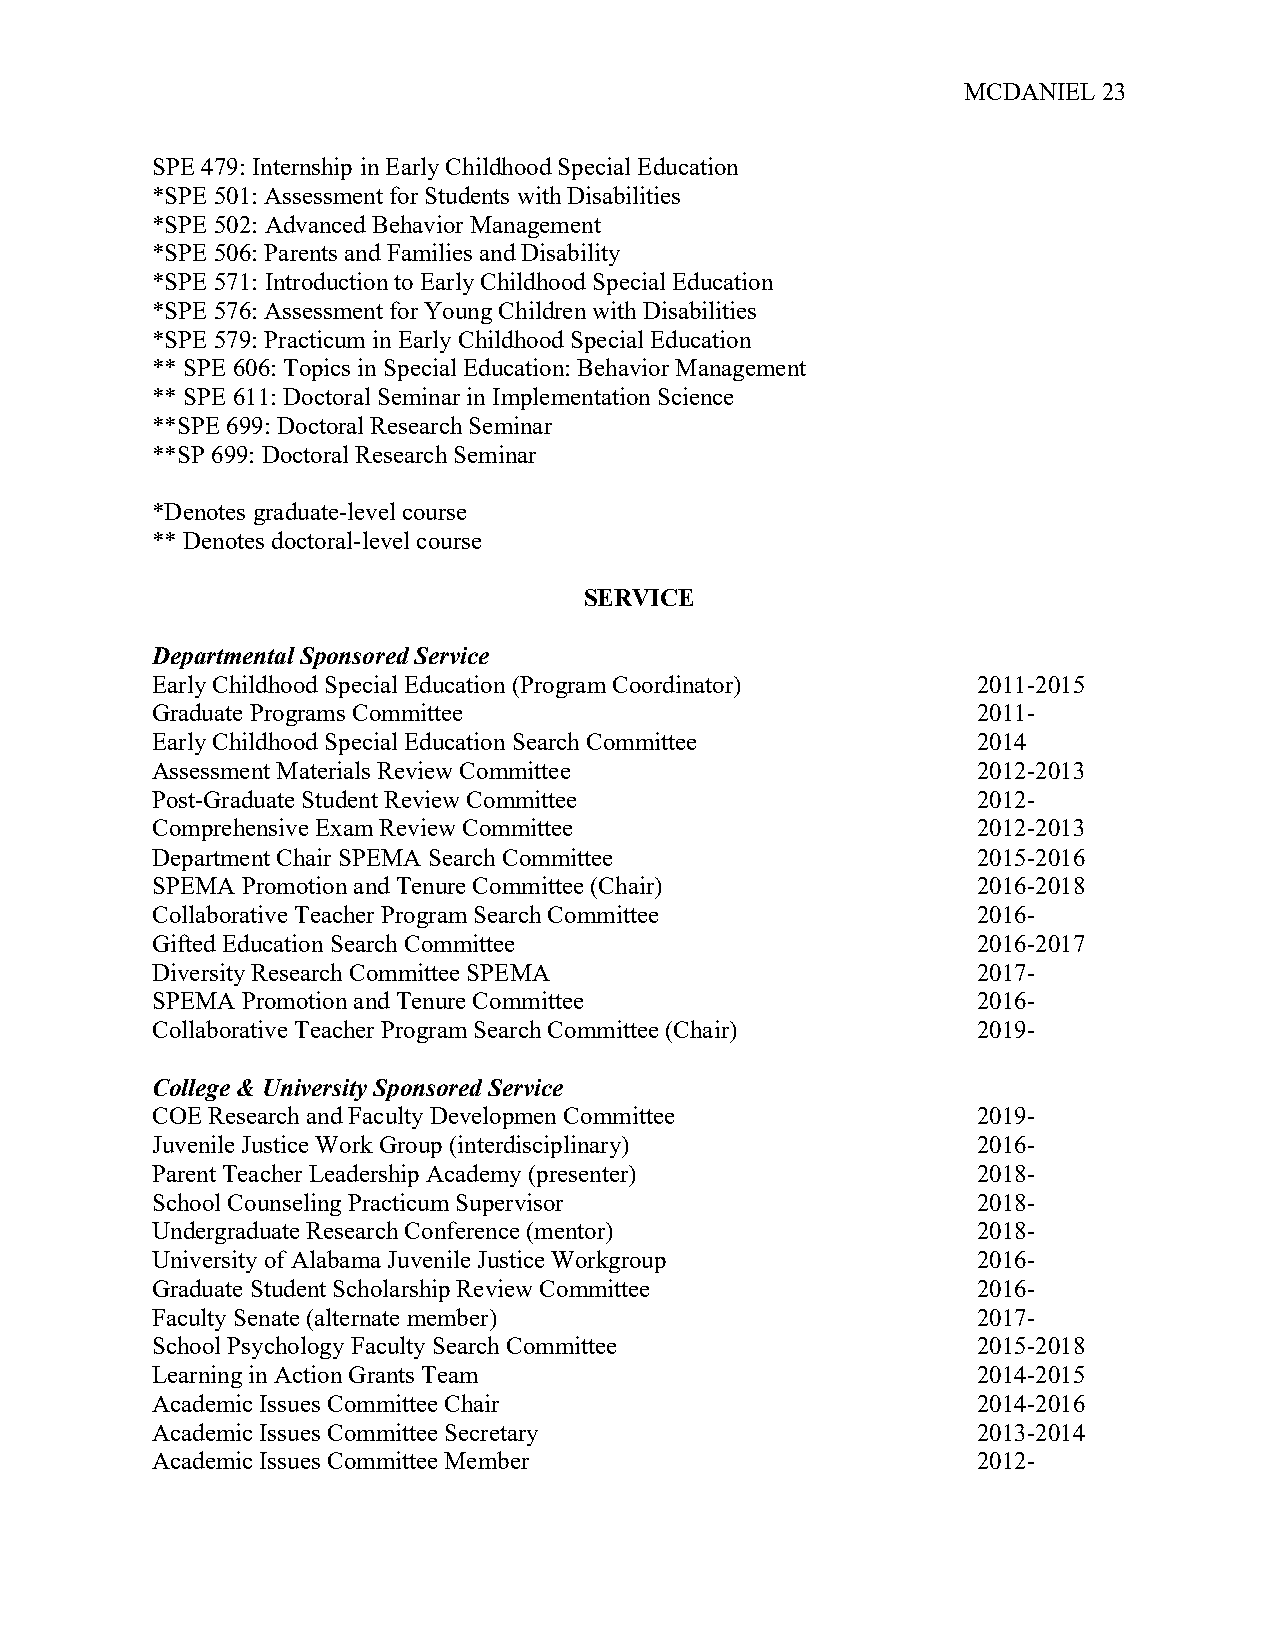
MCDANIEL 23
 SPE 479: Internship in Early Childhood Special Education
 *SPE 501: Assessment for Students with Disabilities
 *SPE 502: Advanced Behavior Management
 *SPE 506: Parents and Families and Disability
 *SPE 571: Introduction to Early Childhood Special Education
 *SPE 576: Assessment for Young Children with Disabilities
 *SPE 579: Practicum in Early Childhood Special Education
 ** SPE 606: Topics in Special Education: Behavior Management
 ** SPE 611: Doctoral Seminar in Implementation Science
 **SPE 699: Doctoral Research Seminar
 **SP 699: Doctoral Research Seminar
 *Denotes graduate-level course
 ** Denotes doctoral-level course
 SERVICE
 Departmental Sponsored Service
 Early Childhood Special Education (Program Coordinator) 2011-2015
 Graduate Programs Committee                            2011-
 Early Childhood Special Education Search Committee     2014
 Assessment Materials Review Committee                  2012-2013
 Post-Graduate Student Review Committee                 2012-
 Comprehensive Exam Review Committee                    2012-2013
 Department Chair SPEMA Search Committee                2015-2016
 SPEMA Promotion and Tenure Committee (Chair)           2016-2018
 Collaborative Teacher Program Search Committee         2016-
 Gifted Education Search Committee                      2016-2017
 Diversity Research Committee SPEMA                     2017-
 SPEMA Promotion and Tenure Committee                   2016-
 Collaborative Teacher Program Search Committee (Chair) 2019-
 College & University Sponsored Service
 COE Research and Faculty Developmen Committee          2019-
 Juvenile Justice Work Group (interdisciplinary)        2016-
 Parent Teacher Leadership Academy (presenter)          2018-
 School Counseling Practicum Supervisor                 2018-
 Undergraduate Research Conference (mentor)             2018-
 University of Alabama Juvenile Justice Workgroup       2016-
 Graduate Student Scholarship Review Committee          2016-
 Faculty Senate (alternate member)                      2017-
 School Psychology Faculty Search Committee             2015-2018
 Learning in Action Grants Team                         2014-2015
 Academic Issues Committee Chair                        2014-2016
 Academic Issues Committee Secretary                    2013-2014
 Academic Issues Committee Member                       2012-